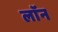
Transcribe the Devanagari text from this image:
लाॅन